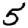
Digit: 5